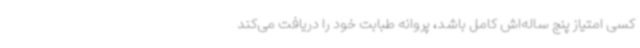
کسی امتیاز پنج ساله‌اش کامل باشد، پروانه طبابت خود را دریافت می‌کند